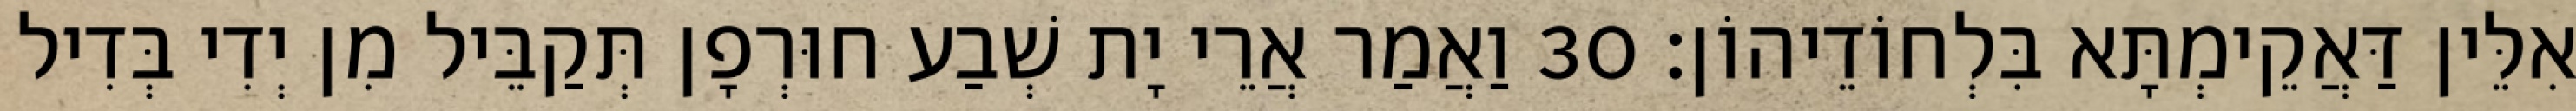
אִלֵּין דַּאֲקֵימְתָּא בִּלְחוֹדֵיהוֹן׃ 30 וַאֲמַר אֲרֵי יָת שְׁבַע חוּרְפָן תְּקַבֵּיל מִן יְדִי בְּדִיל